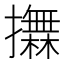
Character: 𢸮